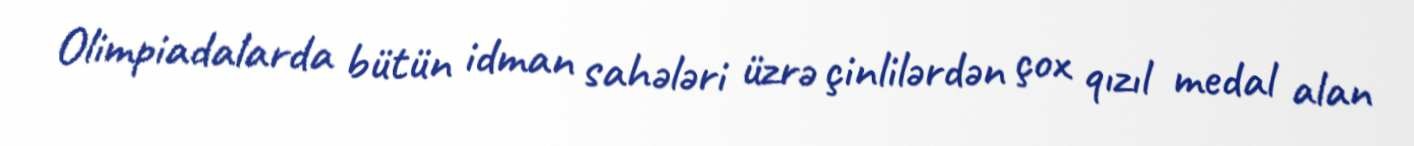
Olimpiadalarda bütün idman sahələri üzrə çinlilərdən çox qızıl medal alan